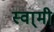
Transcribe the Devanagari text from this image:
स्वा्मी